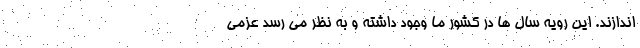
اندازند. این رویه سال ها در کشور ما وجود داشته و به نظر می رسد عزمی